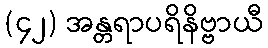
(၄၂) အန္တရာပရိနိဗ္ဗာယီ